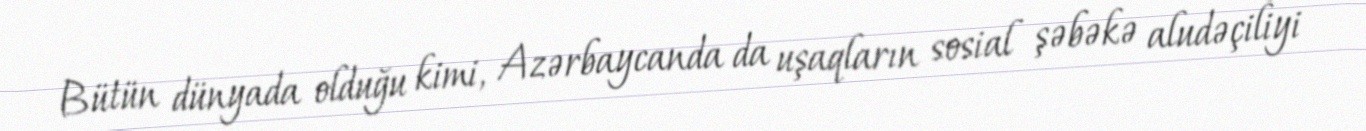
Bütün dünyada olduğu kimi, Azərbaycanda da uşaqların sosial şəbəkə aludəçiliyi